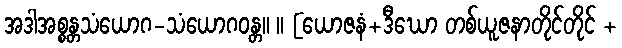
အဒါအစ္စန္တသံယောဂ-သံယောဂဝန္တ။ ။ [ယောဇနံ+ဒီဃော တစ်ယူဇနာတိုင်တိုင် +